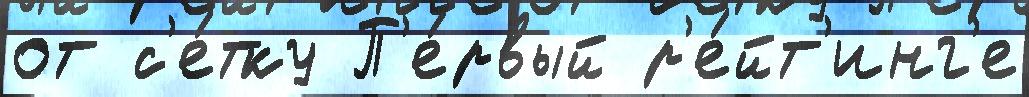
от с'е́тку П'е́рвый р'е́йт'инг'е